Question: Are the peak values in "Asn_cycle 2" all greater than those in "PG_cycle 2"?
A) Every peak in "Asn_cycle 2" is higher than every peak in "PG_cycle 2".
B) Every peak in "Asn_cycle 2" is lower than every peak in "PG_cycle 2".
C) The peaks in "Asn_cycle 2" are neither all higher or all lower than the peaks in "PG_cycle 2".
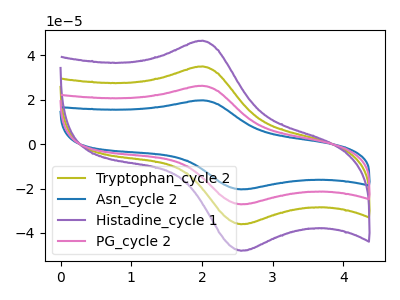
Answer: <think>The olive curve "Tryptophan_cycle 2" has an anodic peak at (2.00V, 52.70uA) and a cathodic peak at (2.55V, -54.25uA). The blue curve "Asn_cycle 2" has an anodic peak at (2.00V, 19.80uA) and a cathodic peak at (2.55V, -20.40uA). The purple curve "Histadine_cycle 1" has an anodic peak at (2.00V, 79.05uA) and a cathodic peak at (2.55V, -81.40uA). The pink curve "PG_cycle 2" has an anodic peak at (2.00V, 26.35uA) and a cathodic peak at (2.55V, -27.15uA).</think>
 <answer>B) Every peak in "Asn_cycle 2" is lower than every peak in "PG_cycle 2".</answer>
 <eval>B</eval>